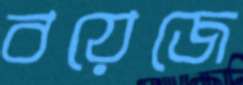
বয়েজে